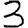
Digit: 3